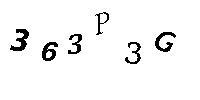
363P3G